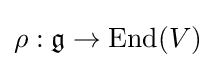
\rho :{\mathfrak {g}}\rightarrow \operatorname {End} (V)